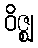
ဝိဇ္ဈ